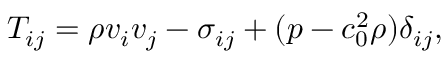
T _ { i j } = \rho v _ { i } v _ { j } - \sigma _ { i j } + ( p - c _ { 0 } ^ { 2 } \rho ) \delta _ { i j } ,